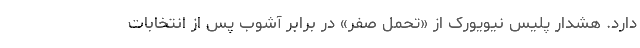
دارد. هشدار پلیس نیویورک از «تحمل صفر» در برابر آشوب پس از انتخابات